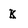
Character: k